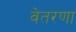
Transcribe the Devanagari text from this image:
वेतरणा